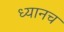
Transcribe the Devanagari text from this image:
ध्यानच